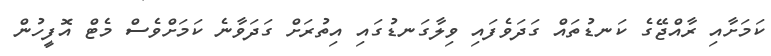
ކަމަށާއި ރާއްޖޭގެ ކަނޑުތައް ގަދަވެފައި ވިލާގަނޑުގައި އިތުރަށް ގަދަވާނެ ކަމަށްވެސް މެޓް އޮފީހުން